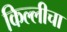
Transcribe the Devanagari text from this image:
किल्लीचा